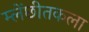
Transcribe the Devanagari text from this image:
म्लेंछीतकला